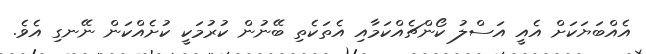
އެއްބަޔަކަށް އެއީ އަސްލު ކޯންޗެއްކަމާއި އެތަކެތި ބޭނުން ކުރުމަކީ ކުށެއްކަން ނޭނގި އެވެ.